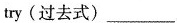
try(过去式)___